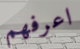
اعرفهم